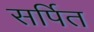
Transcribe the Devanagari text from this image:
सर्पित